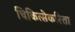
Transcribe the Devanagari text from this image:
चिकित्सेकरिता